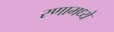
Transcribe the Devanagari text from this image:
रणामध्ये